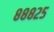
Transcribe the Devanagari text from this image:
८८८२५